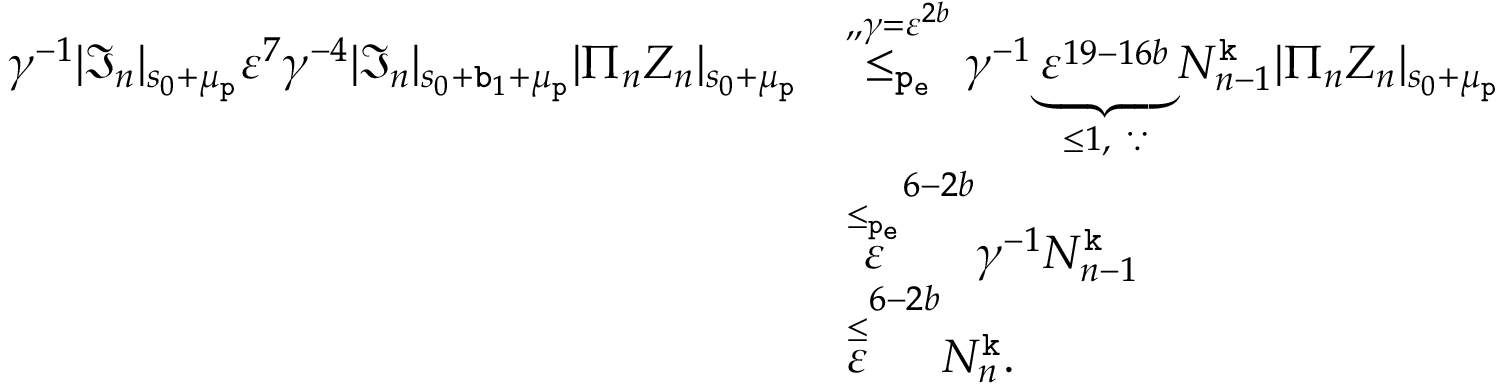
\begin{array} { r l } { \gamma ^ { - 1 } | \mathfrak { I } _ { n } | _ { s _ { 0 } + \mu _ { \mathtt { p } } } \varepsilon ^ { 7 } \gamma ^ { - 4 } | \mathfrak { I } _ { n } | _ { s _ { 0 } + \mathtt { b } _ { 1 } + \mu _ { \mathtt { p } } } | \Pi _ { n } Z _ { n } | _ { s _ { 0 } + \mu _ { \mathtt { p } } } } & { \overset { , , \gamma = \varepsilon ^ { 2 b } } { \le _ { \mathtt { p _ { e } } } } \gamma ^ { - 1 } \underbrace { \varepsilon ^ { 1 9 - 1 6 b } } _ { \le 1 , \ \because } N _ { n - 1 } ^ { \mathtt { k } } | \Pi _ { n } Z _ { n } | _ { s _ { 0 } + \mu _ { \mathtt { p } } } } \\ & { \overset { \le _ { \mathtt { p _ { e } } } } \varepsilon ^ { 6 - 2 b } \gamma ^ { - 1 } N _ { n - 1 } ^ { \mathtt { k } } } \\ & { \overset \le \varepsilon ^ { 6 - 2 b } N _ { n } ^ { \mathtt { k } } . } \end{array}